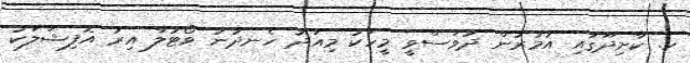
ކ. ކާށިދޫގައި އުމުރުން ދުވަސްވީ މީހަކު މިއަދު ހެނދުނު ވޯޓުލާ އިރު އޮފިޝަލަކު